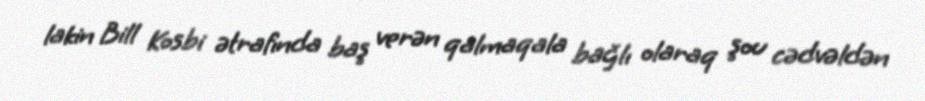
lakin Bill Kosbi ətrafında baş verən qalmaqala bağlı olaraq şou cədvəldən